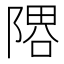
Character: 𨻞